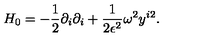
H _ { 0 } = - \frac { 1 } { 2 } \partial _ { i } \partial _ { i } + \frac { 1 } { 2 \epsilon ^ { 2 } } \omega ^ { 2 } y ^ { i 2 } .